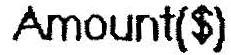
AMOUNT($)